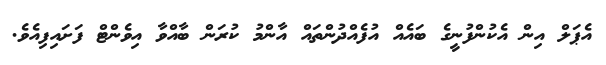
އެޕަލް އިން އެކުންފުނީގެ ބައެއް އުފެއްދުންތައް އާންމު ކުރަން ބާއްވާ އިވެންޓް ފަށައިފިއެވެ.